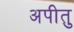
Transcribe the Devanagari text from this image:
अपीतु